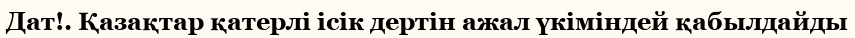
Дат!. Қазақтар қатерлі ісік дертін ажал үкіміндей қабылдайды